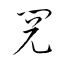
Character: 閲